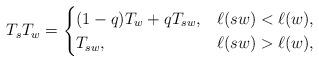
LaTeX: \begin{align*}T_s T_w = \begin{cases}(1-q)T_w+qT_{sw}, & \ell(sw)<\ell(w), \\T_{sw}, & \ell(sw)>\ell(w),\end{cases}\end{align*}